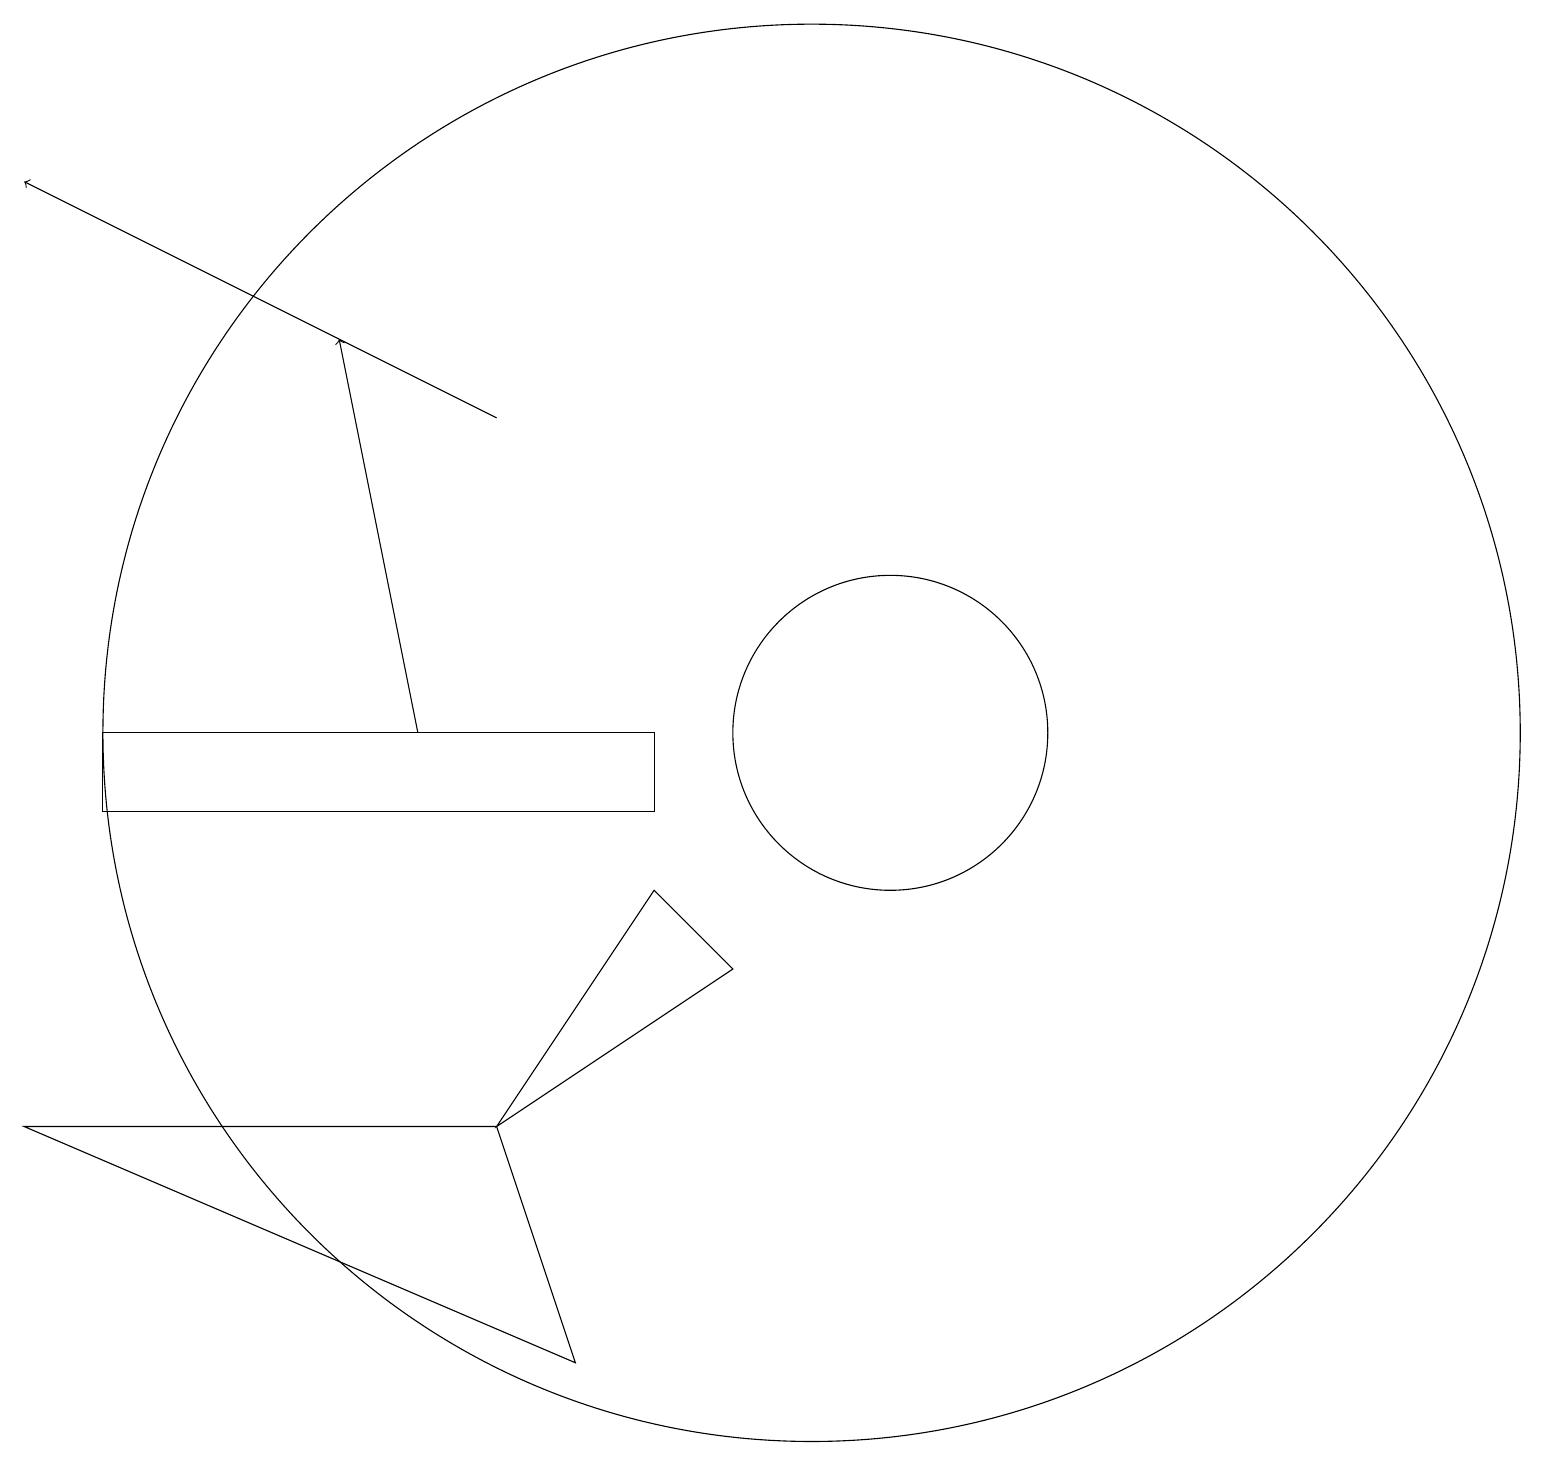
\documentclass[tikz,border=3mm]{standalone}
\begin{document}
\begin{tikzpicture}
\draw (6,6) -- (8,9) -- (9,8) -- cycle;
\draw (11,11) circle (2);
\draw[->] (5,11) -- (4,16);
\draw (8,10) rectangle (1,11);
\draw (10,11) circle (9);
\draw (6,6) -- (7,3) -- (0,6) -- cycle;
\draw[->] (6,15) -- (0,18);
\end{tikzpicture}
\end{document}